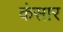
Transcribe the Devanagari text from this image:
कंसार